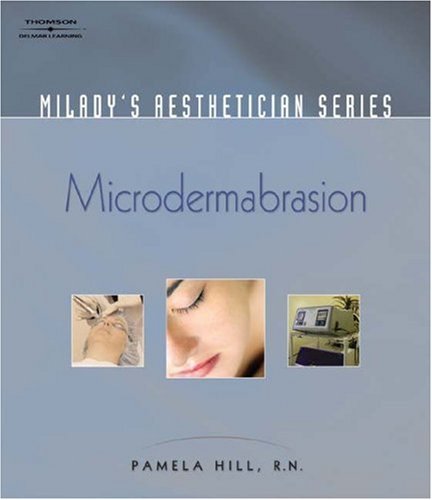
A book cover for Milady's Aesthetician Series: Microdermabrasion; Pamela Hill; Health, Fitness & Dieting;